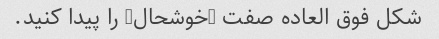
شکل فوق العاده صفت "خوشحال" را پیدا کنید.